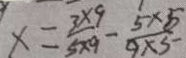
x = \frac { 3 \times 9 } { 5 \times 9 } - \frac { 5 \times 5 } { 9 \times 5 }